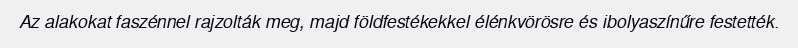
Az alakokat faszénnel rajzolták meg, majd földfestékekkel élénkvörösre és ibolyaszínűre festették.